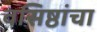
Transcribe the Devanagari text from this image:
वसिष्ठांचा